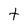
Character: t